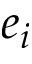
e _ { i }